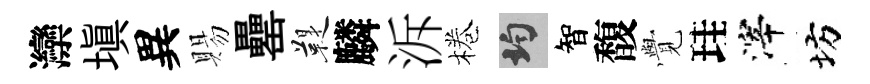
灤塡異賜罍鞮麟泝棬均智馥𮗜珪滓坊